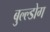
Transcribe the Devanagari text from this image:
बुल्ल्डोग